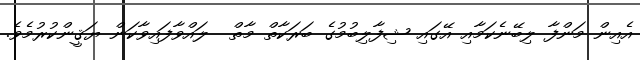
އެއިން މަންފާ ލިބޭނެކަމާއި އޭގައި ޝިފާލިބުމުގެ ބަރަކާތް މާތް  ލައްވާފައިވާކަން ޔަޤީންކުރުމެވެ.